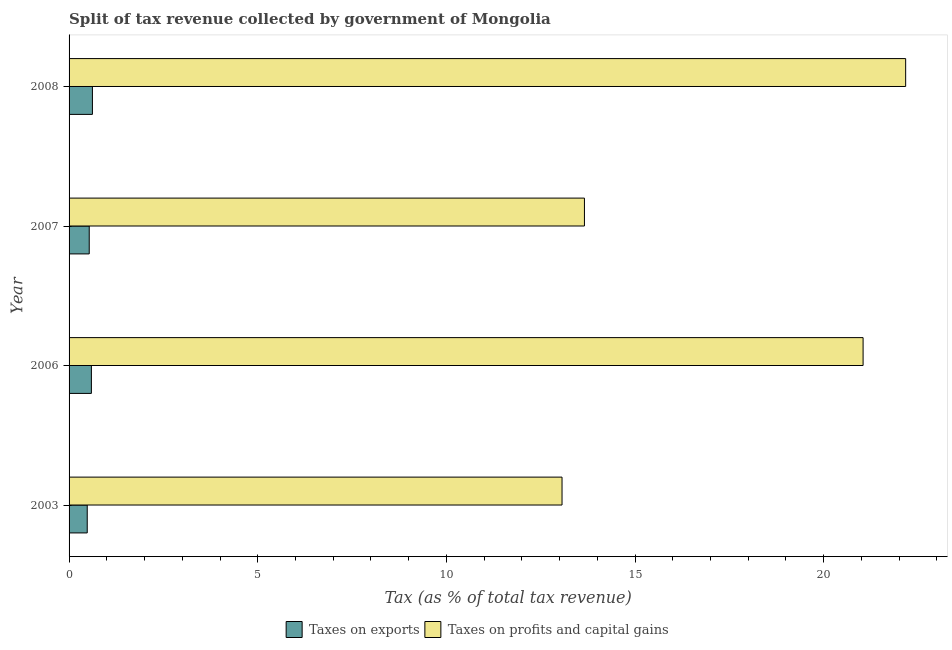
| Year | Taxes on exports | Taxes on profits and capital gains |
 | --- | --- | --- |
 | 2003 | 0.481 | 13.1 |
 | 2006 | 0.592 | 21 |
 | 2007 | 0.534 | 13.7 |
 | 2008 | 0.619 | 22.2 |